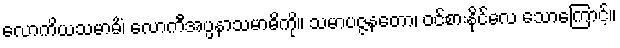
လောကိယသမာဓိံ၊ လောကီအပ္ပနာသမာဓိကို။ သမာပဇ္ဇနတော၊ ဝင်စားနိုင်လေ သောကြောင့်။